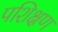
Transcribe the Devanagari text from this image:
पशिक्षण